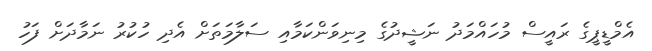
އެމްޑީޕީގެ ރައީސް މުހައްމަދު ނަޝީދުގެ މިނިވަންކަމާއި ސަލާމަތަށް އެދި ހުކުރު ނަމާދަށް ފަހު